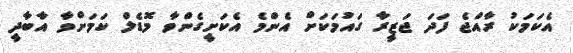
އެކަމަކު ރާއްޖެ ފަދަ ޖަޒީރާ ގައުމަކަށް އެންމެ އެކަށީގެންވާ މޮޑެލް ކަމަށްވާ އާބާދީ